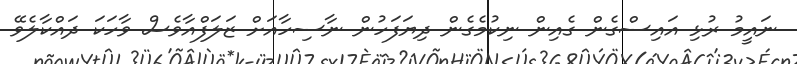
ނައީމު ރުޅި އައިސްގެން ގެއިން ނިކުމެގެން ދިޔަފަހުން ނާސިހާއަށް ޒަލަފްއާވެސް ވާހަކަ ދައްކާލެވޭ